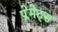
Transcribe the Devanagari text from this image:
प्लेमेट्स